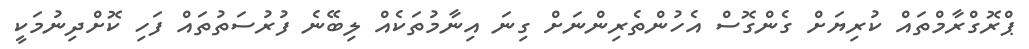
ޕްރޮގްރާމްތައް ކުރިޔަށް ގެންގޮސް އެހުންތެރިންނަށް ގިނަ އިނާމުތަކެއް ލިބޭނެ ފުރުސަތުތައް ފަހި ކޮށްދިނުމަކީ